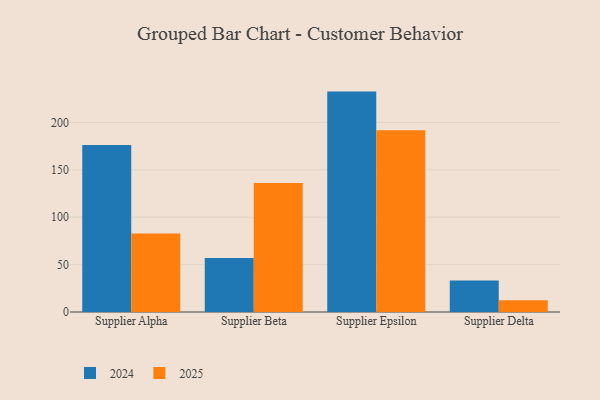
{"axis": {"x": "Supplier", "y": "Customer Acquisition Cost (USD)"}, "legend": ["2024", "2025"], "data": [{"x": "Supplier Alpha", "y": 176.1, "type": "2024"}, {"x": "Supplier Alpha", "y": 82.8, "type": "2025"}, {"x": "Supplier Beta", "y": 56.9, "type": "2024"}, {"x": "Supplier Beta", "y": 136.0, "type": "2025"}, {"x": "Supplier Epsilon", "y": 232.5, "type": "2024"}, {"x": "Supplier Epsilon", "y": 191.7, "type": "2025"}, {"x": "Supplier Delta", "y": 33.1, "type": "2024"}, {"x": "Supplier Delta", "y": 12.5, "type": "2025"}]}